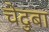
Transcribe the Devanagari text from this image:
चेदुबा